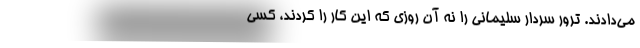
می‌دادند. ترور سردار سلیمانی را نه آن روزی که این کار را کردند، کسی